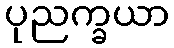
ပုညက္ခယာ